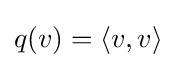
q(v)=\langle v,v\rangle